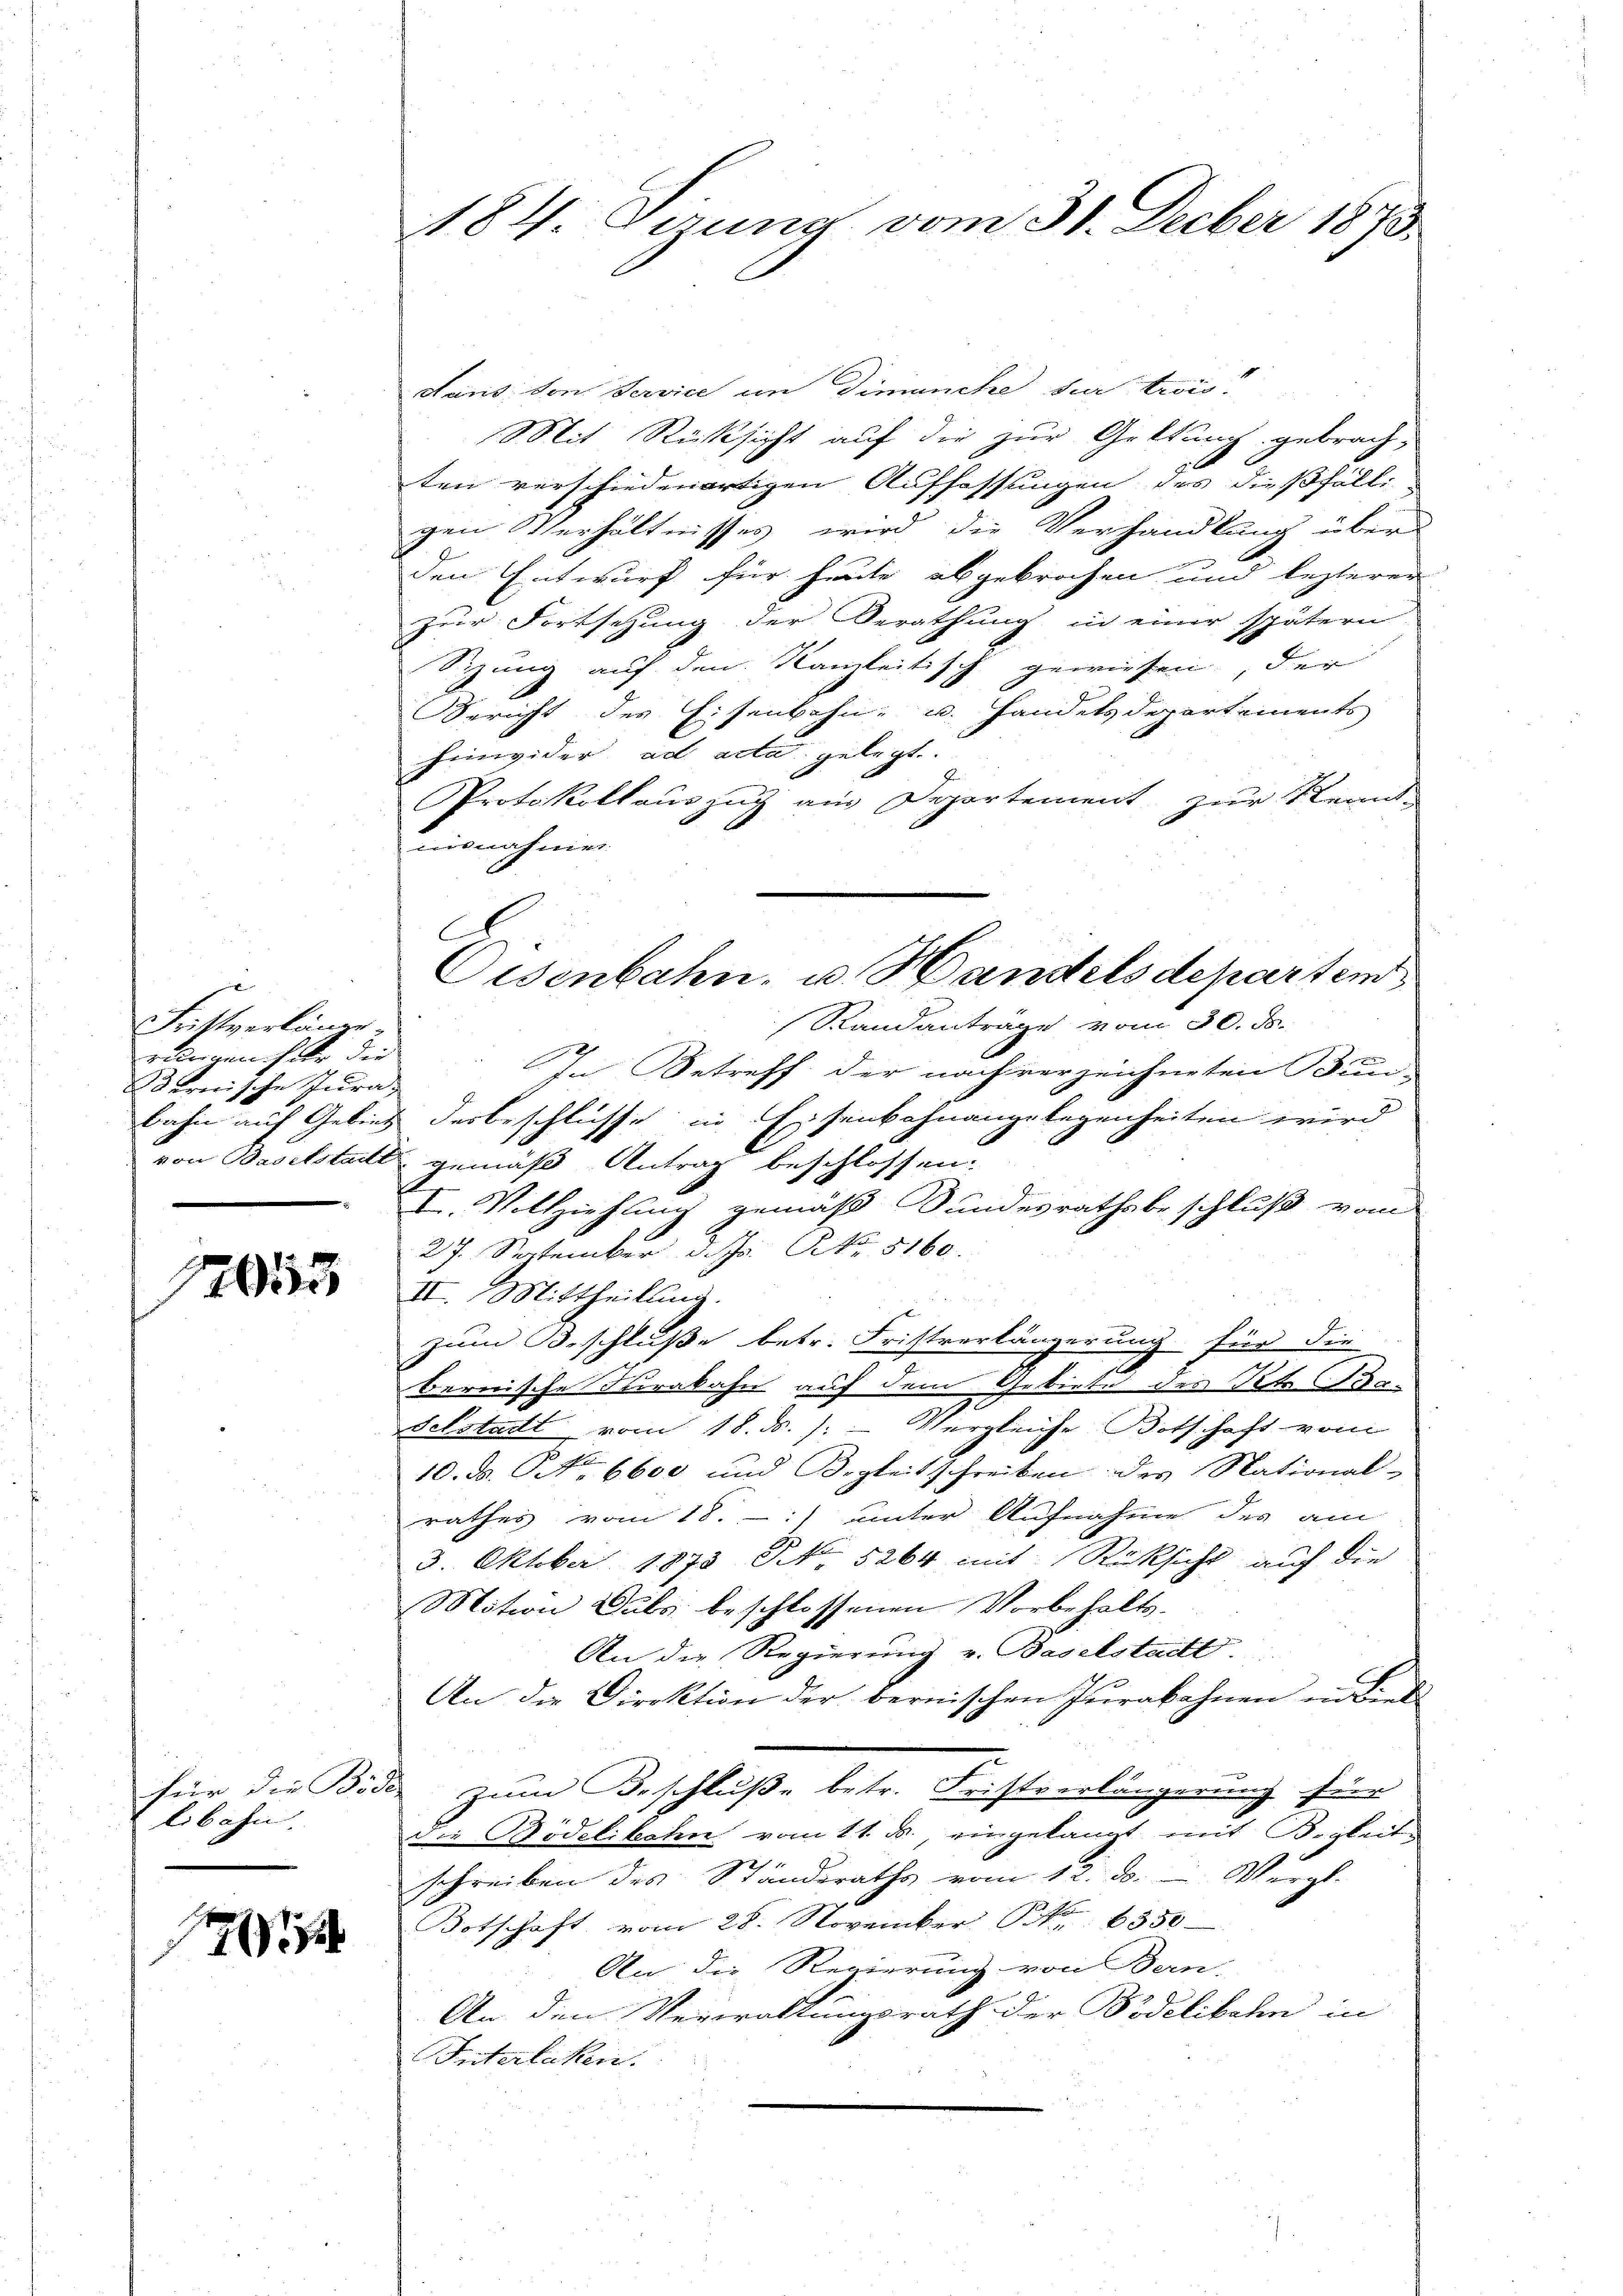
Fristverlängerungen habe die
ernische Jura,
von Baselstadtt

12053

Für die Bo
libahn.

1

184. Grund vom 31. Decber 1873.

dans den Service in Dimanche der trei¬
Mit Rücksicht auf die zur Geltung gebrachten verschiedenartigen Auffassungen des dießfälligen Verhältnisses wird die Verhandlung über
den Entwurf für heute abgebrochen und lezterer
zur Fortsetzung der Berathung in einer spätern
Sizung auf den Namleitisch gewiesen, der
Bericht des Eisenbahn- u. Handelsdepartements
hinwider ad acta gelegt.
Protokollauszug aus Departement zur Kennt-
misnahmen
Randanträge vom 30. ds.
In Betreff der nach verzeichneten Bun-
bahn auf Gebiet derbeschlüsse in Eisenbahnangelegenheiten wird
u. gemäß Antrag beschlossen.
I. Vollziehung gemäß Bundesrathsbeschluß vom
27. September d. Js. No. 8160.
II. Mittheilung.
.
zum Beschluße betr. Fristverlängerung für die
Bernische Krakahn auf dem Gebiete des Stan¬
Felstadt vom 18. ds. ): Vergleiche Botschaft vom
10. d. No 6600 und Begleitschreiben des National-
rathes vom 18. unter Aufnahme des am
3. Oktober 1873 NNo. 5264 mit Rücksicht auf die
Motion Dubs beschlossenen Vorbehalts-
An die Regierung v. Baselstadt
An die Direktion der bernischen Jŭrabahnen in Lied
i
 zum Beschluße betr. Fristverlängerung für
Die Bödelikahn vom 11. ds., eingelangt mit Begleit
schreiben des Standeraths vom 12. ds. - Vergl.
Botschaft vom 28. November No 6350
An die Regierung von Ban-
An den Verwaltungsrath der Bidelibahn in
Interlaken.

A

Oisenbahn, u. Handelsdepartem